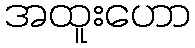
အထူးဟော